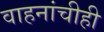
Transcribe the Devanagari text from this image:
वाहनांचीही